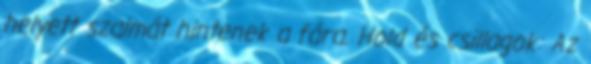
helyett szalmát hintenek a fára. Hold és csillagok: Az